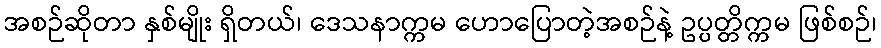
အစဉ်ဆိုတာ နှစ်မျိုး ရှိတယ်၊ ဒေသနာက္ကမ ဟောပြောတဲ့အစဉ်နဲ့ ဥပ္ပတ္တိက္ကမ ဖြစ်စဉ်၊